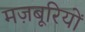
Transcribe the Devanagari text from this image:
मज़बूरियों